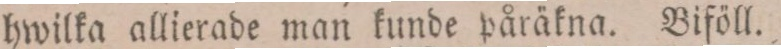
hwilka allierade man kunde påräkna. Biföll.